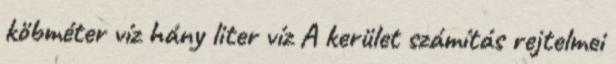
köbméter víz hány liter víz A kerület számítás rejtelmei